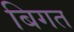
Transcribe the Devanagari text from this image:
बिगत